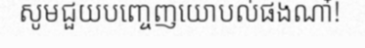
សូមជួយបញ្ចេញយោបល់ផងណា៎!